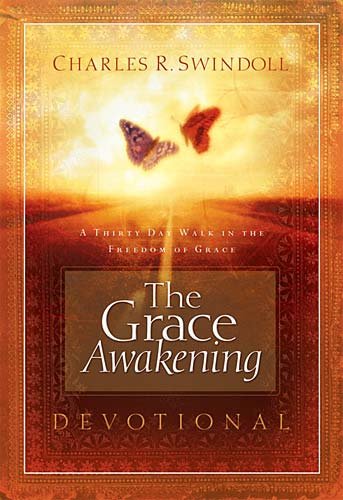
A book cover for The Grace Awakening Devotional: A Thirty Day Walk in the Freedom of Grace; Charles R. Swindoll; Christian Books & Bibles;